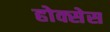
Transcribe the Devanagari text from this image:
होक्सेस